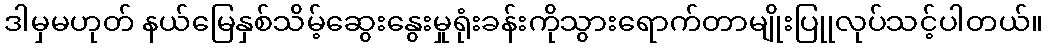
ဒါမှမဟုတ် နယ်မြေနှစ်သိမ့်ဆွေးနွေးမှုရုံးခန်းကိုသွားရောက်တာမျိုးပြုုလုပ်သင့်ပါတယ်။